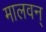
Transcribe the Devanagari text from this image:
मालवन्